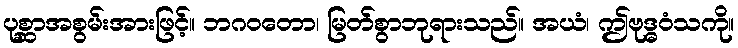
ပုစ္ဆာအစွမ်းအားဖြင့်။ ဘဂဝတော၊ မြတ်စွာဘုရားသည်။ အယံ၊ ဤဗုဒ္ဓဝံသကို။